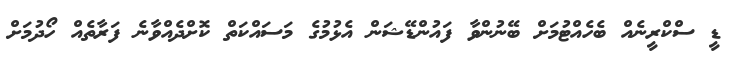
ޑީ ސްކްރީނެއް ބެހެއްޓުމަށް ބޭނުންވާ ފައުންޑޭޝަން އެޅުމުގެ މަސައްކަތް ކޮށްދެއްވާނެ ފަރާތެއް ހޯދުމަށް